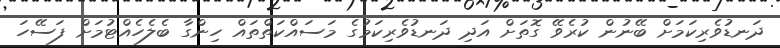
ދަނޑުވެރިކަމަށް ބޭނުން ކުރެވޭ ގޮތަށް އަަދި ދަނޑުވެރިކަމުގެ މަސައްކަތްތައް ހިންގާ ބެލެހެއްޓުމަށް ފަސޭހަ